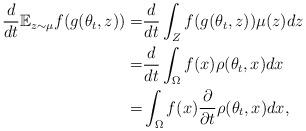
LaTeX: \begin{align*}\frac{d}{dt}\mathbb{E}_{z\sim\mu} f(g(\theta_t,z))=&\frac{d}{dt}\int_{Z} f(g(\theta_t,z))\mu(z)dz\\=&\frac{d}{dt}\int_\Omega f(x)\rho(\theta_t,x)dx\\=&\int_\Omega f(x) \frac{\partial}{\partial t}\rho(\theta_t,x)dx,\end{align*}